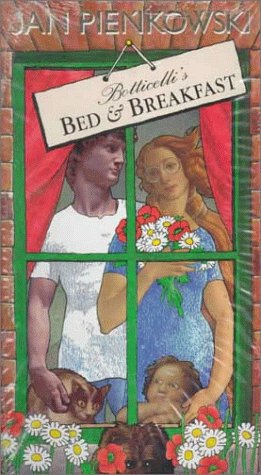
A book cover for Botticelli's Bed & Breakfast; Jan Pienkowski; Travel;